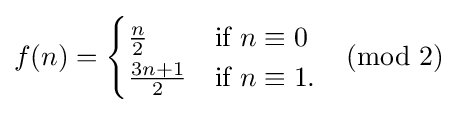
f(n)={\begin{cases}{\frac {n}{2}}&{\text{if }}n\equiv 0\\{\frac {3n+1}{2}}&{\text{if }}n\equiv 1.\end{cases}}{\pmod {2}}